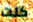
كنت